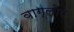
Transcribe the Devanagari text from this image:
वाग्लोप